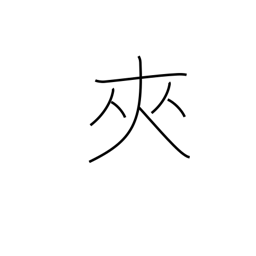
Meaning: insert between